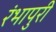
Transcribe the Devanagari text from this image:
रंभापुरी